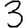
Digit: 3